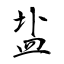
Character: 盐